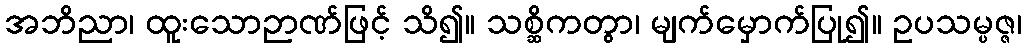
အဘိညာ၊ ထူးသောဉာဏ်ဖြင့် သိ၍။ သစ္ဆိကတွာ၊ မျက်မှောက်ပြု၍။ ဥပသမ္ပဇ္ဇ၊